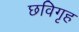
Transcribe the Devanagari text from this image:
छविगृह